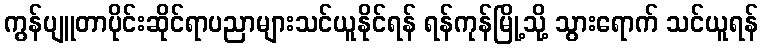
ကွန်ပျူတာပိုင်းဆိုင်ရာပညာများသင်ယူနိုင်ရန် ရန်ကုန်မြို့သို့ သွားရောက် သင်ယူရန်